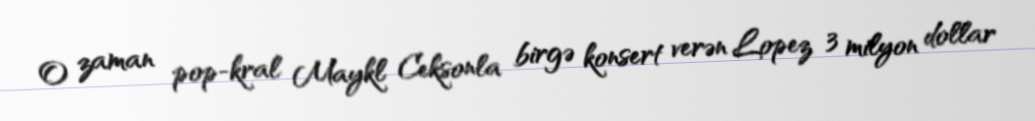
O zaman pop-kral Maykl Ceksonla birgə konsert verən Lopez 3 milyon dollar